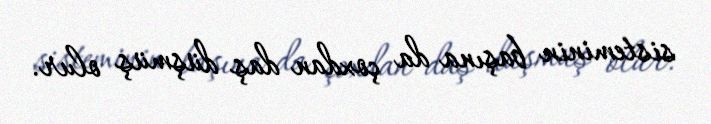
sisteminin başına da çoxdan daş düşmüş olur.